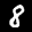
Label: 8